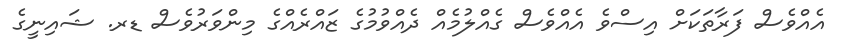
އެއްވެސް ފަރާތަކަށް އިސްވެ އެއްވެސް ގެއްލުމެއް ދެއްވުމުގެ ޒައްރެއްގެ މިންވަރުވެސް ޑރ. ޝައިނީގެ